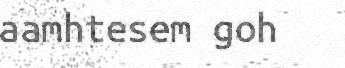
aamhtesem goh